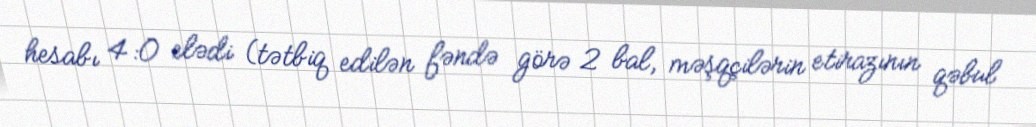
hesabı 4:0 elədi (tətbiq edilən fəndə görə 2 bal, məşqçilərin etirazının qəbul